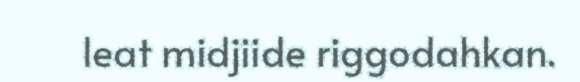
leat midjiide riggodahkan.